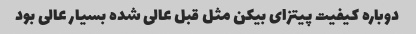
دوباره کیفیت پیتزای بیکن مثل قبل عالی شده بسیار عالی بود